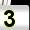
Digit: 3